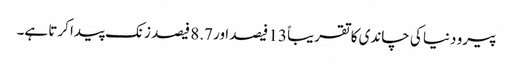
پیرو دنیا کی چاندی کا تقریباً 13 فیصد ا ور 8.7 فیصد زنک پیدا کرتا ہے۔